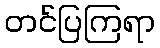
တင်ပြကြရာ